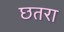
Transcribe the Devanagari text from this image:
छतरा